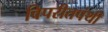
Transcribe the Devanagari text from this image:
विपरीतपंथी